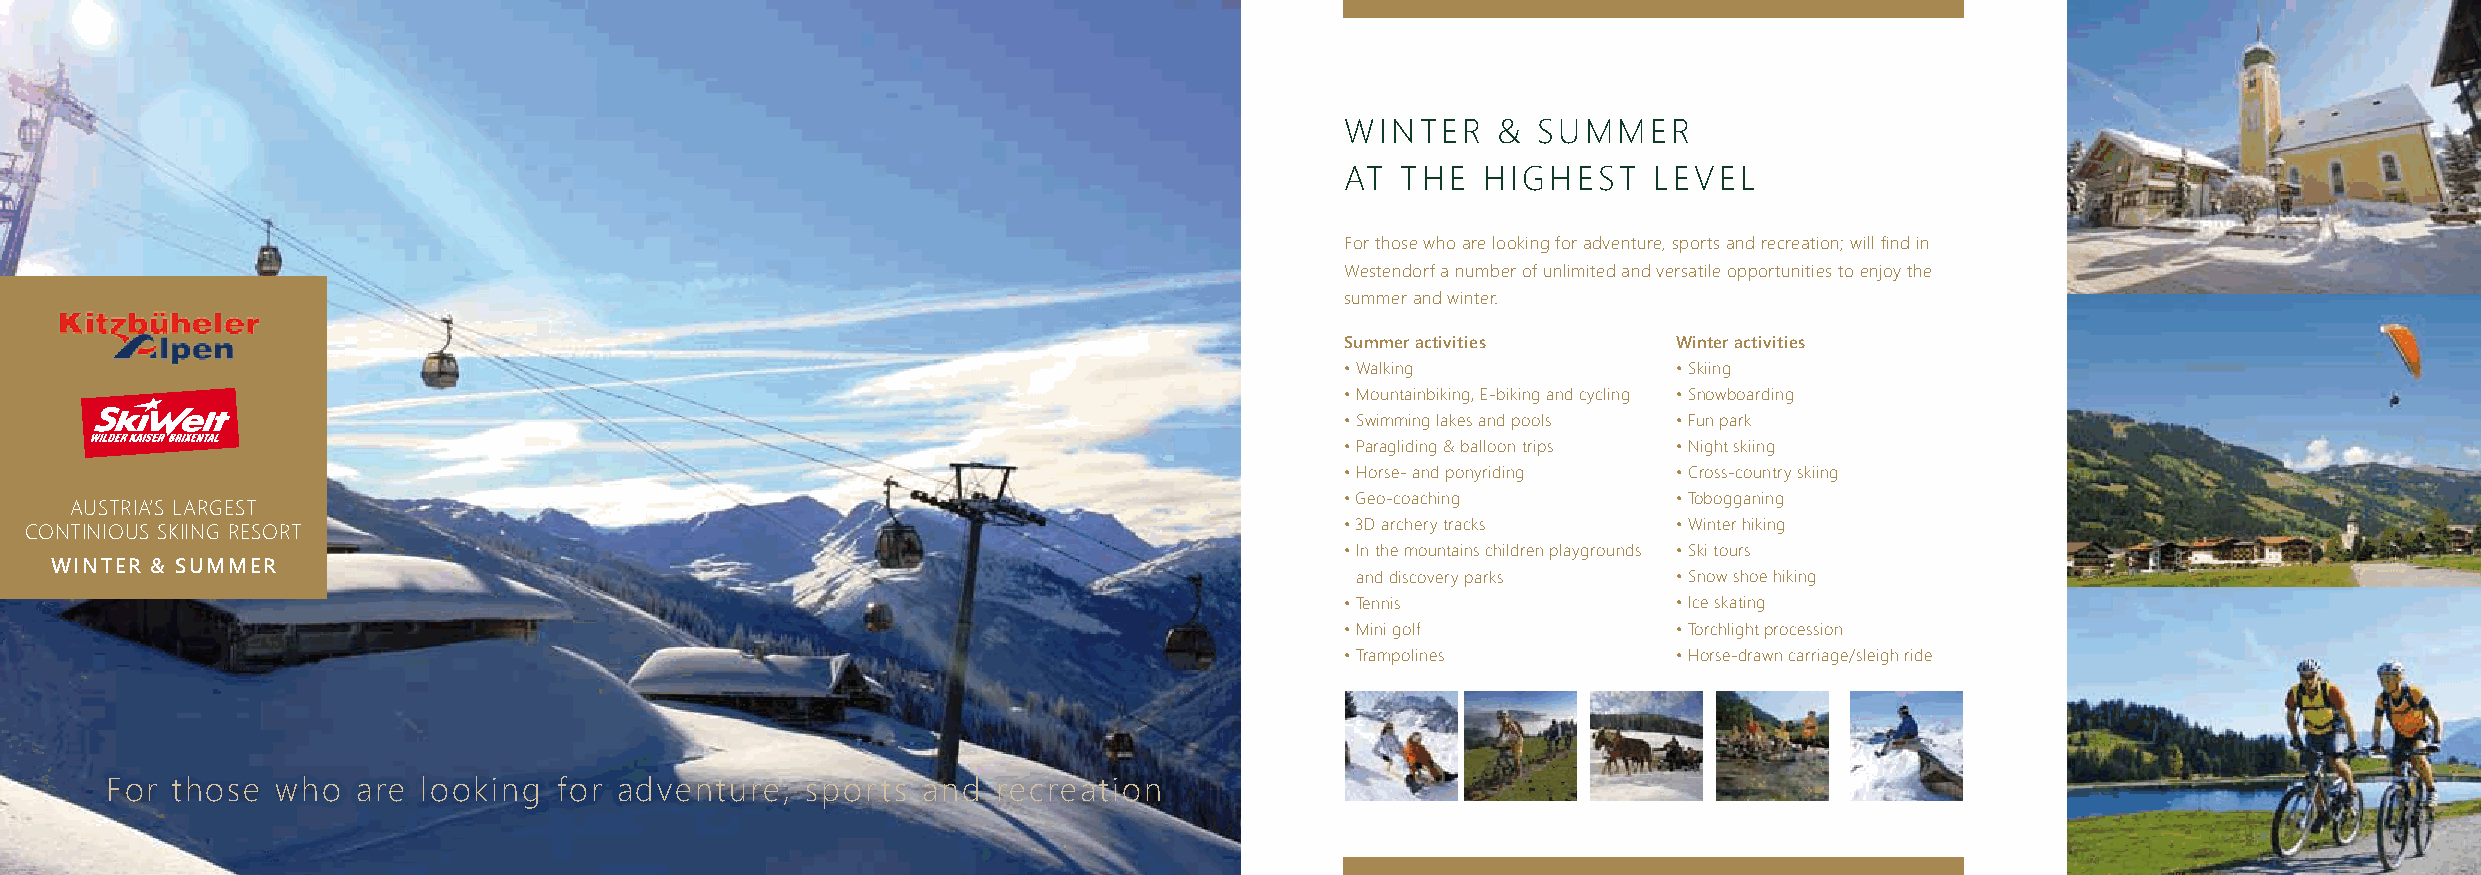
WINtEr    &  sUmmEr
 At  thE  hIGhEst    LEvEL
 for those who are looking for adventure, sports and recreation; will find in
 Westendorf a number of unlimited and versatile opportunities to enjoy the
 summer and winter.
 Summer activities     Winter activities
 • Walking             • skiing
 • mountainbiking, E-biking and cycling • snowboarding
 • swimming lakes and pools • fun park
 • paragliding & balloon trips • Night skiing
 • horse- and ponyriding • cross-country skiing
 • Geo-coaching        • tobogganing
 AUstrIA’s LArGEst
 cONtINIOUs skIING rEsOrt                                                               • 3D archery tracks   • Winter hiking
 • In the mountains children playgrounds • ski tours
 WINTER & SUMMER
 and discovery parks  • snow shoe hiking
 • tennis              • Ice skating
 • mini golf           • torchlight procession
 • trampolines         • horse-drawn carriage/sleigh ride
 for those  who   are looking  for adventure,  sports  and  recreation